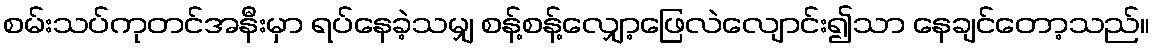
စမ်းသပ်ကုတင်အနီးမှာ ရပ်နေခဲ့သမျှ စန့်စန့်လျှော့ဖြေလဲလျောင်း၍သာ နေချင်တော့သည်။